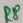
Text: R8